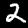
Label: 2